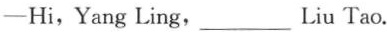
——Hi,Yang Ling,___Liu Tao.